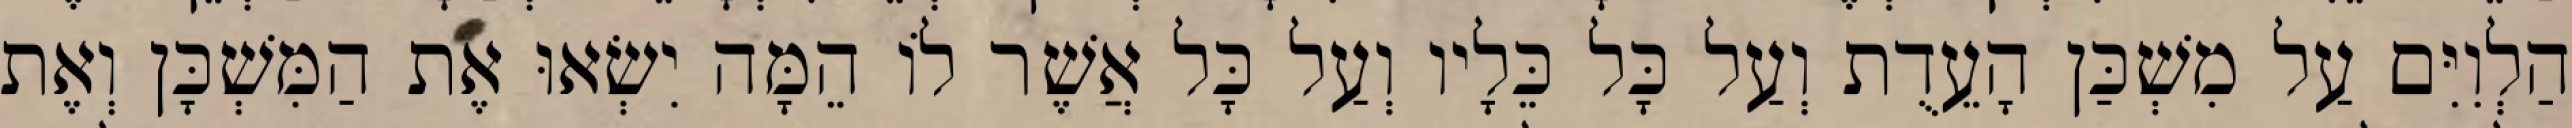
הַלְוִיִּם עַל מִשְׁכַּן הָעֵדֻת וְעַל כָּל כֵּלָיו וְעַל כָּל אֲשֶׁר לוֹ הֵמָּה יִשְׂאוּ אֶת הַמִּשְׁכָּן וְאֶת